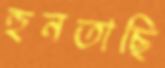
হুনতাছি